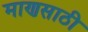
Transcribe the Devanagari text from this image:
माणसाठी